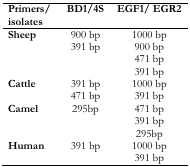
<table><thead><tr><td><b>Primers/ isolates</b></td><td><b>BD1/ 4S</b></td><td><b>EGF1/ EGR2</b></td></tr></thead><tbody><tr><td><b>Sheep</b></td><td>900 bp</td><td>1000 bp</td></tr><tr><td></td><td>391 bp</td><td>900 bp</td></tr><tr><td></td><td></td><td>471 bp</td></tr><tr><td></td><td></td><td>391 bp</td></tr><tr><td><b>Cattle</b></td><td>391 bp</td><td>1000 bp</td></tr><tr><td></td><td>471 bp</td><td>391 bp</td></tr><tr><td><b>Camel</b></td><td>295bp</td><td>471 bp</td></tr><tr><td></td><td></td><td>391 bp</td></tr><tr><td></td><td></td><td>295bp</td></tr><tr><td><b>Human</b></td><td>391 bp</td><td>1000 bp</td></tr><tr><td></td><td></td><td>391 bp</td></tr></tbody></table>